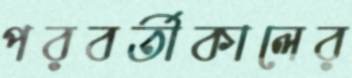
পরবর্তীকালের